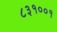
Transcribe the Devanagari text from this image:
८३१००१